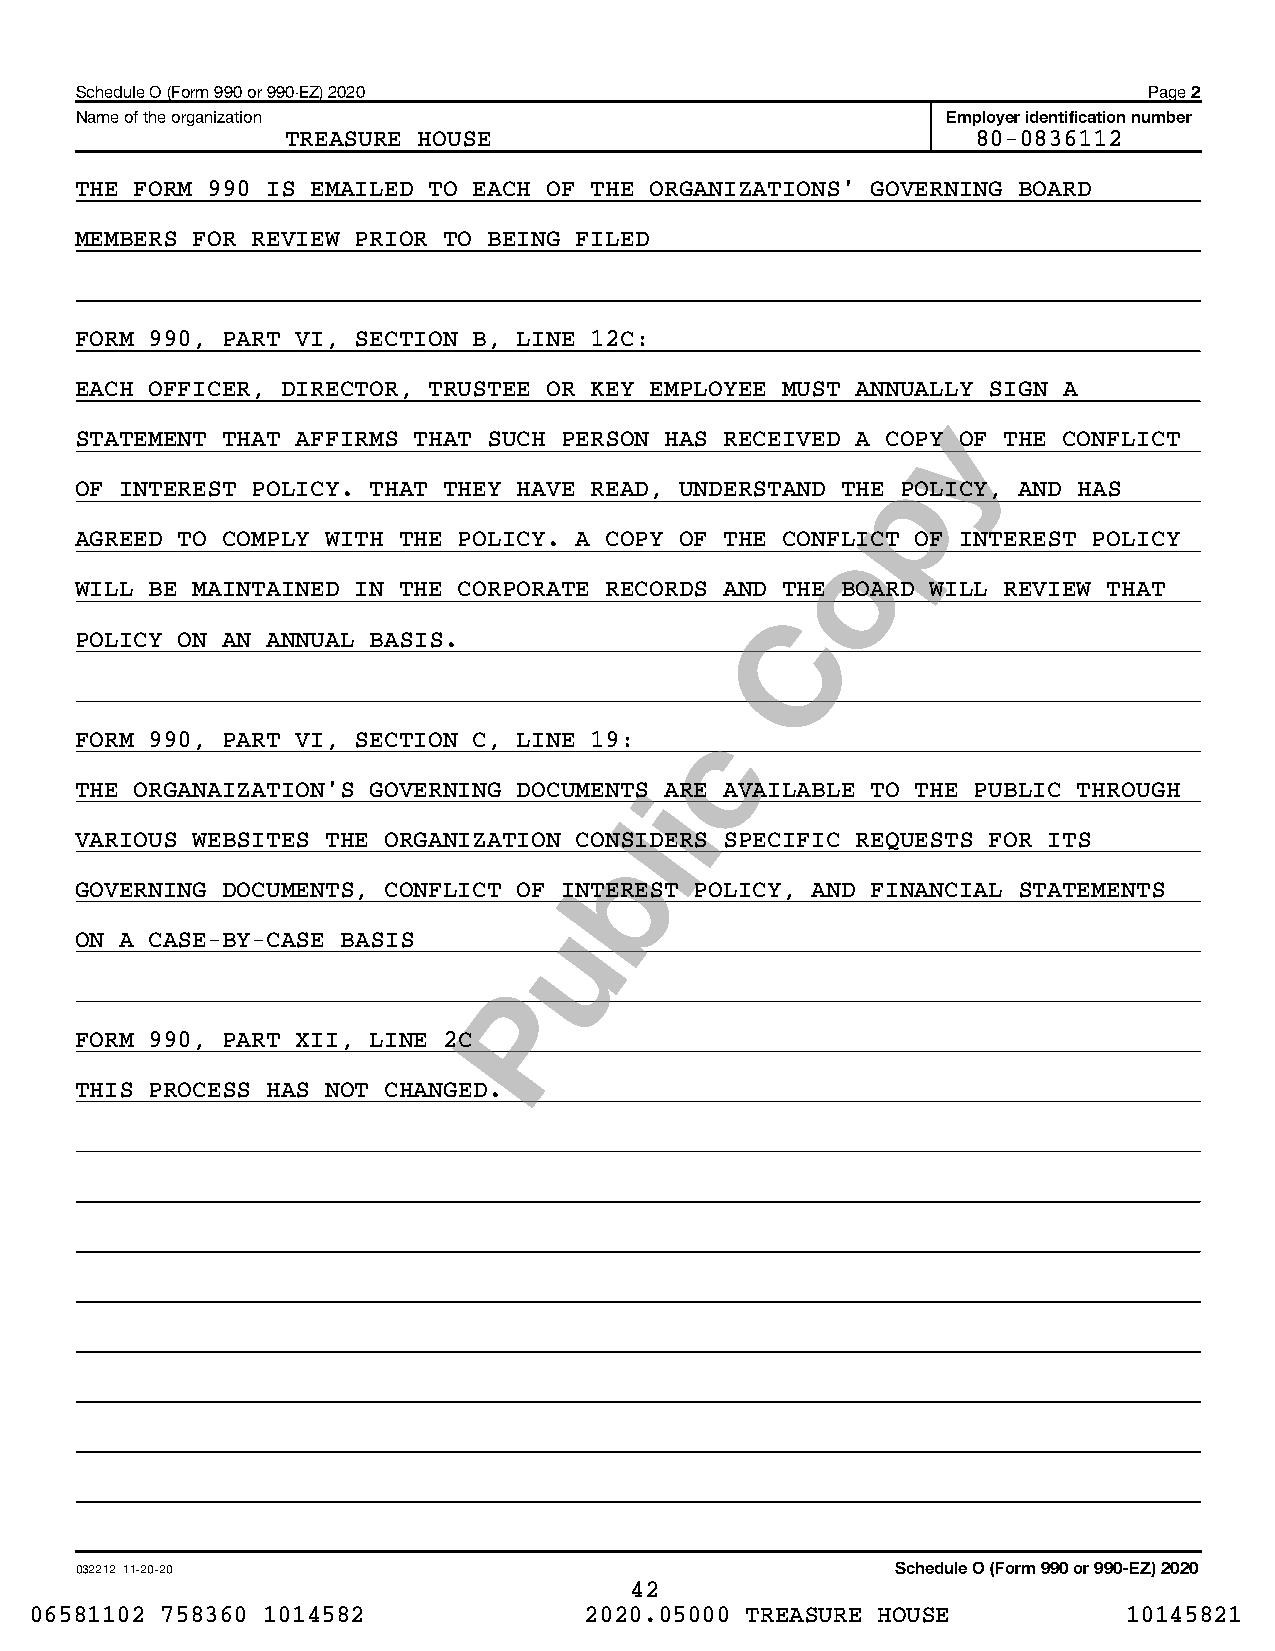
Schedule O (Form 990 or 990-EZ) 2020                                   Page 2
 Name of the organization                                  Employer identification number
 TREASURE HOUSE                                80-0836112
 THE FORM 990 IS EMAILED TO EACH OF THE ORGANIZATIONS' GOVERNING BOARD
 MEMBERS FOR REVIEW PRIOR TO BEING FILED
 FORM 990, PART VI, SECTION B, LINE 12C:
 EACH OFFICER, DIRECTOR, TRUSTEE OR KEY EMPLOYEE MUST ANNUALLY SIGN A
 STATEMENT THAT AFFIRMS THAT SUCH PERSON HAS RECEIVED A COPY OF THE CONFLICT
 OF INTEREST POLICY. THAT THEY HAVE READ, UNDERSTAND THE POLICY, AND HAS
 AGREED TO COMPLY WITH THE POLICY. A COPY OF THE CONFLICT OF INTEREST POLICY
 WILL BE MAINTAINED IN THE CORPORATE RECORDS AND THE BOARD WILL REVIEW THAT
 POLICY ON AN ANNUAL BASIS.
 FORM 990, PART VI, SECTION C, LINE 19:
 THE ORGANAIZATION'S GOVERNING DOCUMENTS ARE AVAILABLE TO THE PUBLIC THROUGH
 VARIOUS WEBSITES THE ORGANIZATION CONSIDERS SPECIFIC REQUESTS FOR ITS
 GOVERNING DOCUMENTS, CONFLICT OF INTEREST POLICY, AND FINANCIAL STATEMENTS
 ON A CASE-BY-CASE BASIS
 FORM 990, PART XII, LINE 2C
 THIS PROCESS HAS NOT CHANGED.
 032212 11-20-20                                       Schedule O (Form 990 or 990-EZ) 2020
 42
 06581102 758360 1014582              2020.05000 TREASURE HOUSE           10145821
 P
 u
 b
 l
 i
 c
 C
 o
 p
 y